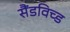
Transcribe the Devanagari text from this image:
सैंडविच्ड